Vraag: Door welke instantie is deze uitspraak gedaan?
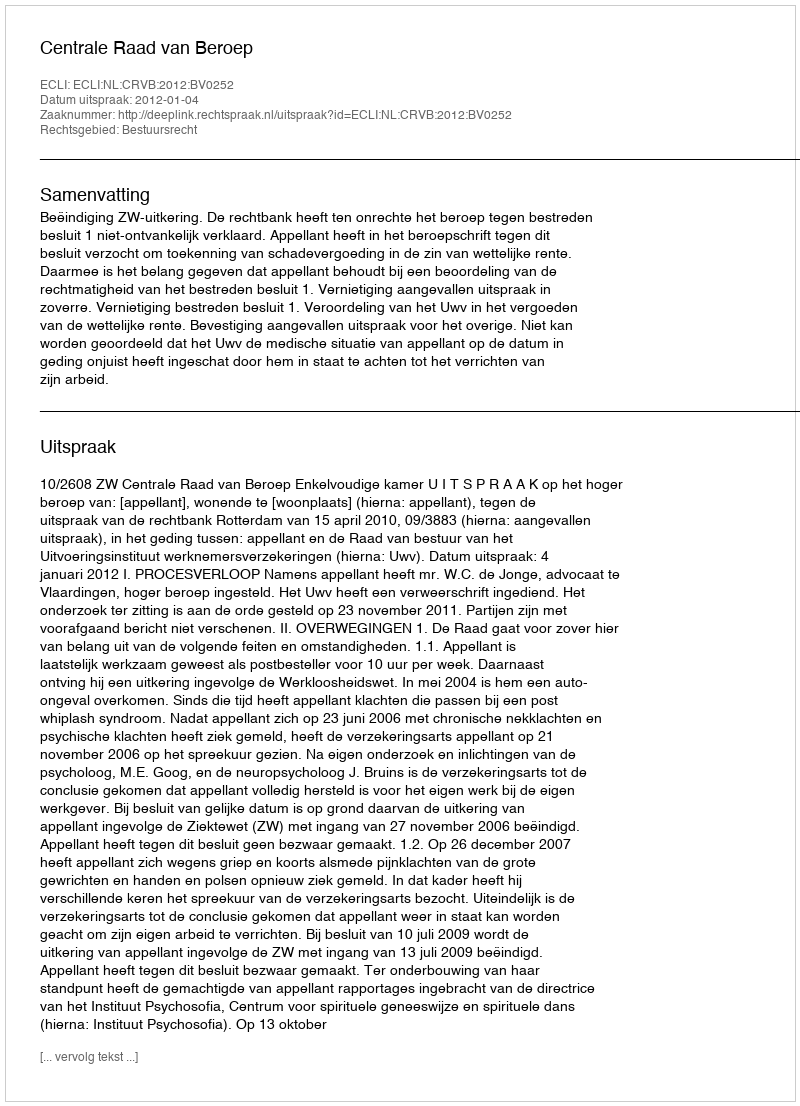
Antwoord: Centrale Raad van Beroep